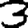
Digit: 3